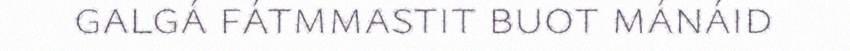
galgá fátmmastit buot mánáid